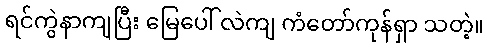
ရင်ကွဲနာကျပြီး မြေပေါ် လဲကျ ကံတော်ကုန်ရှာ သတဲ့။